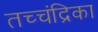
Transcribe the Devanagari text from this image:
तच्‍चंद्रिका